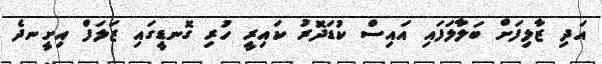
އަދި ޒާލިފަށް ބަލާލަފައި އައިސް ކުޑަދޮރު ކައިރީ ހުރި ގޮނޑީގައި ޒަލަފް އިށީނދެ